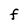
Character: F